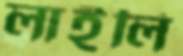
লাইলি